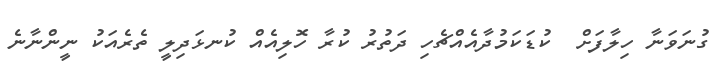
ގުނަވަނާ ހިލާފަށް  ކުޑަކަމުދާއެއްޗެހި ދަތުރު ކުރާ ހޮލިއެއް ކުނޅަދިލީ ތެރެއަކު ނީންނާނެ